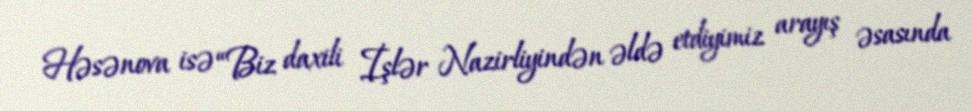
Həsənova isə “Biz daxili İşlər Nazirliyindən əldə etdiyimiz arayış əsasında